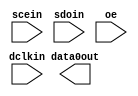
module alta_asmiblock (
    dclkin,
    scein,
    sdoin,
    data0out,
    oe
    );

//parameter coord_x  = 0;
//parameter coord_y  = 0;
//parameter coord_z  = 0;
parameter lpm_type = "alta_asmiblock";

input dclkin;
input scein;
input sdoin;
input oe;
output data0out;

endmodule